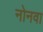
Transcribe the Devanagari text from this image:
नोनवा